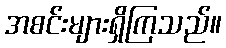
အစင်းများရှိကြသည်။